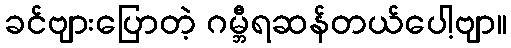
ခင်ဗျားပြောတဲ့ ဂမ္ဘီရဆန်တယ်ပေါ့ဗျာ။